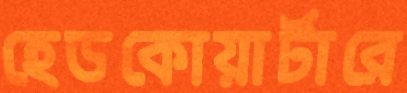
হেডকোয়ার্টারে